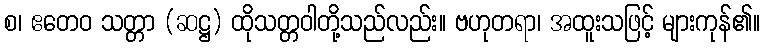
စ၊ ဧတေဝ သတ္တာ (ဆဋ္ဌ) ထိုသတ္တဝါတို့သည်လည်း။ ဗဟုတရာ၊ အထူးသဖြင့် များကုန်၏။